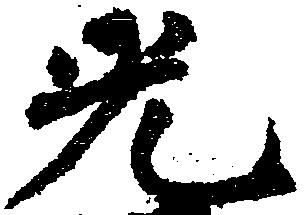
光